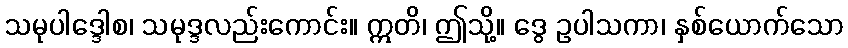
သမုပါဒ္ဒေါစ၊ သမုဒ္ဒလည်းကောင်း။ ဣတိ၊ ဤသို့။ ဒွေ ဥပါသကာ၊ နှစ်ယောက်သော